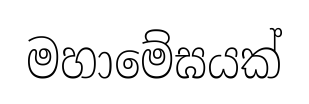
මහාමේඝයක්